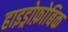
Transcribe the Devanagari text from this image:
हाइड्रोफ़ोबिक